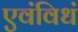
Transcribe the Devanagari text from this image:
एवंविधं